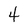
Character: 4